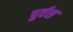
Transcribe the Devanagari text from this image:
पुर्वस